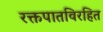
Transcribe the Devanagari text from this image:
रक्तपातविरहित